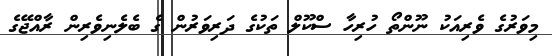
މިވަރުގެ ވެރިއަކު ނޫންތޯ ހުރިހާ ސްކޫލް ތަކުގެ ދަރިވަރުން ގެ ބެލެނިވެރިން ރާއްޖޭގެ